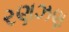
રણઝણ